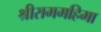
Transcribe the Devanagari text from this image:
श्रीराममहिमा